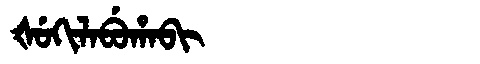
Manchu: ᡧᡠᡴᡳᠯᠠᠪᡠᡥᠠᠪᡳ
Romanization: ŠUKILABUHABI